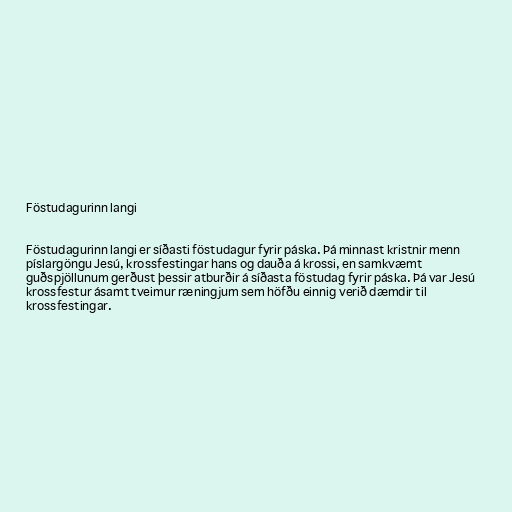
Föstudagurinn langi

Föstudagurinn langi er síðasti föstudagur fyrir páska. Þá minnast kristnir menn
píslargöngu Jesú, krossfestingar hans og dauða á krossi, en samkvæmt
guðspjöllunum gerðust þessir atburðir á síðasta föstudag fyrir páska. Þá var Jesú
krossfestur ásamt tveimur ræningjum sem höfðu einnig verið dæmdir til
krossfestingar.